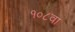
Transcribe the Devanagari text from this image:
१०८वा